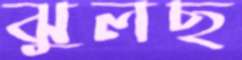
ঝুলছ